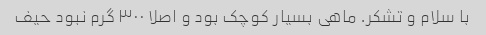
با سلام و تشکر‌. ماهی بسیار کوچک بود و اصلا ۳۰۰ گرم نبود حیف